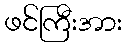
ဖင်ကြီးအား